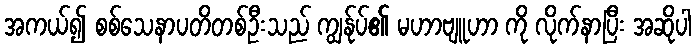
အကယ်၍ စစ်သေနာပတိတစ်ဦးသည် ကျွန်ုပ်၏ မဟာဗျူဟာ ကို လိုက်နာပြီး အဆိုပါ